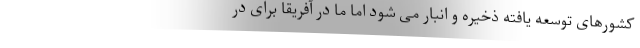
کشورهای توسعه یافته ذخیره و انبار می شود اما ما در آفریقا برای در